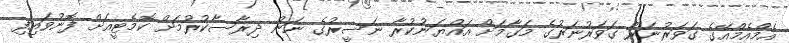
އެމްއެމްއޭގެ ގަވަރުނަރު ގަވަރުނަރުގެ މަގާމަށް އައްޔަނުކުރާ ނަސީރުގެ ނަން ދިރާސާކުރުމަށް ކޮމެޓީއަށް ފޮނުވައިފި